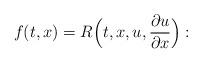
LaTeX: \begin{align*} f(t,x)= R \Bigl( t,x,u, \frac{\partial u}{\partial x} \Bigr):\end{align*}